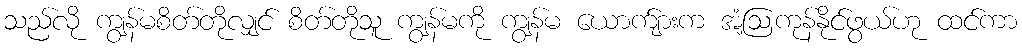
သည်လို ကျွန်မစိတ်တိုလျှင် စိတ်တိုသူ ကျွန်မကို ကျွန်မ ယောက်ျားက အံ့ဩကုန်နိုင်ဖွယ်ဟု ထင်ကာ